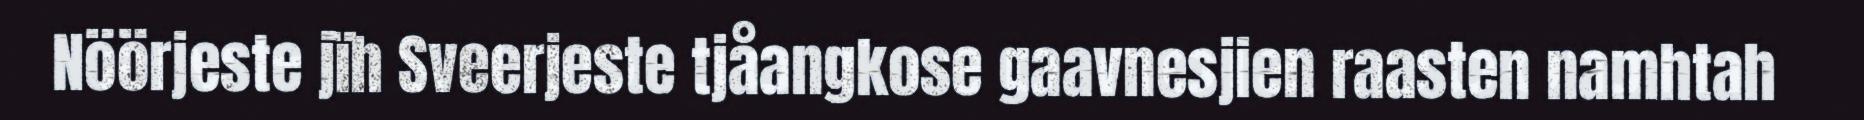
Nöörjeste jïh Sveerjeste tjåangkose gaavnesjien raasten namhtah